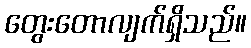
တွေးတောလျက်ရှိသည်။